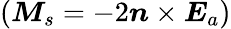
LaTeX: (\boldsymbol{M}_{s}=-2\boldsymbol{n}\times\boldsymbol{E}_{a})